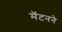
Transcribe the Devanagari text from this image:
मॅटनने